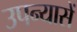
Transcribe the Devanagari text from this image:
उपन्यासें